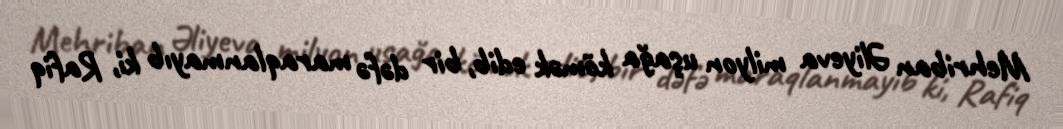
Mehriban Əliyeva milyon uşağa kömək edib, bir dəfə maraqlanmayıb ki, Rafiq